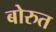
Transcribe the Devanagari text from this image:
बोरुत